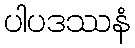
ပါပဒဿနံ